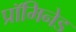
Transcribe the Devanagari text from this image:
प्रॉमिनेड